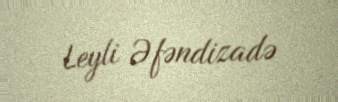
Leyli Əfəndizadə